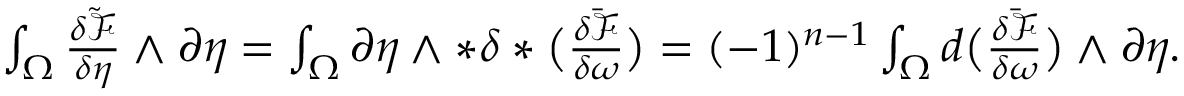
\begin{array} { r } { \int _ { \Omega } \frac { \delta \tilde { \mathcal { F } } } { \delta \eta } \wedge \partial \eta = \int _ { \Omega } \partial \eta \wedge \ast \delta \ast \big ( \frac { \delta \bar { \mathcal { F } } } { \delta \omega } \big ) = ( - 1 ) ^ { n - 1 } \int _ { \Omega } d \big ( \frac { \delta \bar { \mathcal { F } } } { \delta \omega } \big ) \wedge \partial \eta . } \end{array}